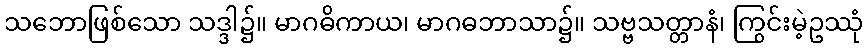
သဘောဖြစ်သော သဒ္ဒါ၌။ မာဂဓိကာယ၊ မာဂဓဘာသာ၌။ သဗ္ဗသတ္တာနံ၊ ကြွင်းမဲ့ဥဿုံ